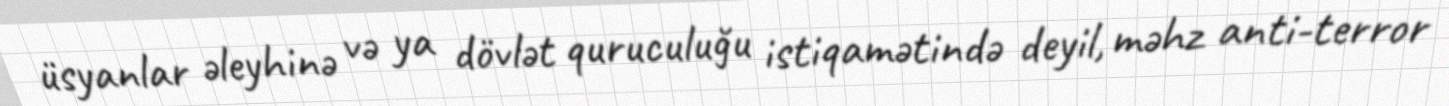
üsyanlar əleyhinə və ya dövlət quruculuğu istiqamətində deyil, məhz anti-terror